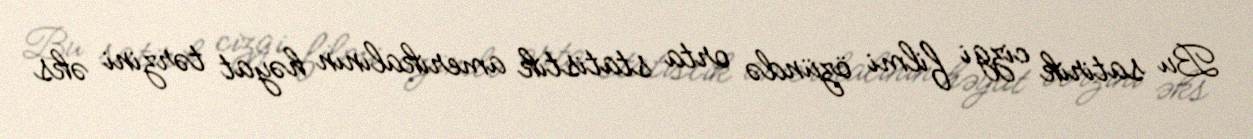
Bu satirik cizgi filmi özündə orta statistik amerikalının həyat tərzini əks